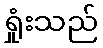
ရှုံးသည်